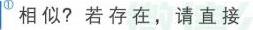
\textcircled{1}相似？若存在，请直接